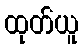
ထုတ်ယူ